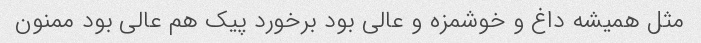
مثل همیشه داغ و خوشمزه و عالی بود برخورد پیک هم عالی بود ممنون